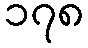
၁၇၈